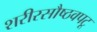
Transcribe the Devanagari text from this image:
शरीरसौष्ठवपटू